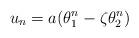
LaTeX: \begin{align*} u_n=a(\theta_1^n-\zeta\theta_2^n)\end{align*}